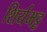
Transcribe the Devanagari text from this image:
शिर्यभट्ट